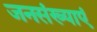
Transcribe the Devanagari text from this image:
जनसंख्याएं